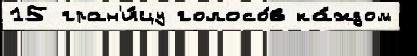
15 гран'и́цу голосо́в ка́ждом